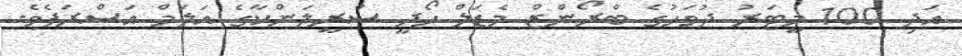
އަދި 100 މީޓަރު ދުވަހުގެ ބްރޯންޒް މެޑަލް ހޯދީ ސްރީލަންކާގެ އަލަމް އަސްރަފެވެ.